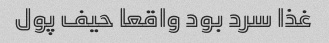
غذا سرد بود واقعا حیف پول